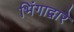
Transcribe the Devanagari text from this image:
भिंगाद्वारे